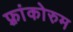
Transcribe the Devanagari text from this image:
फ़्रांकोरुम